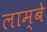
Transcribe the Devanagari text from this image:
लाम्बे